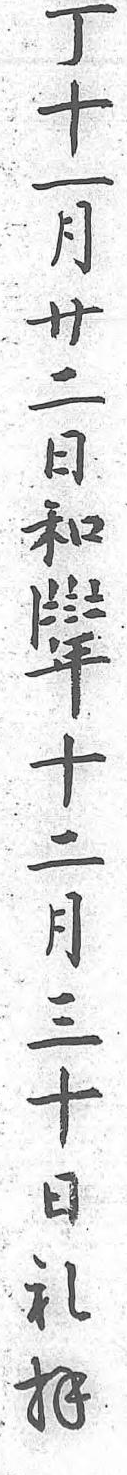
丁十一月廿二日和〡〧〨〧年十二月三十日礼拜